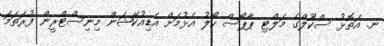
ނ. އަތޮޅު ސްކޫލްގެ މަލްޓި ޕާޕޯސް ހޯލު އެޅުމަށް އެޑިއުކޭޝަން މިނިސްޓްރީން ފުރަތަމަ